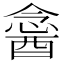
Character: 𨡣